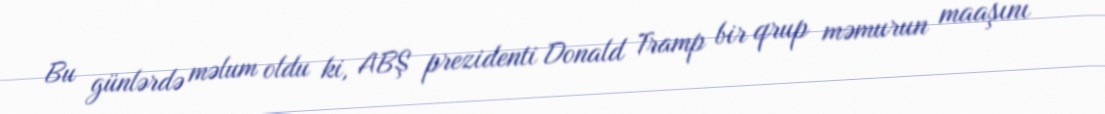
Bu günlərdə məlum oldu ki, ABŞ prezidenti Donald Tramp bir qrup məmurun maaşını